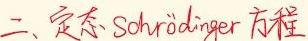
二、定态 Schrödinger 方程